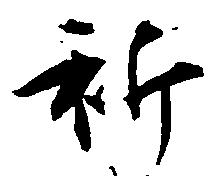
祈